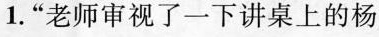
1.“老师审视了一下讲桌上的杨